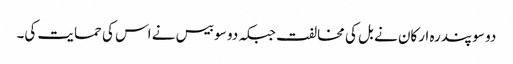
دو سو پندرہ ارکان نے بل کی مخالفت جبکہ دو سو بیس نے اس کی حمایت کی۔